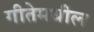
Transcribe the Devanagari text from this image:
गीतेमधील